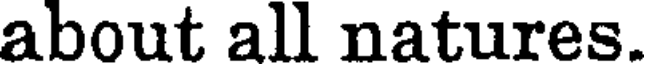
about all natures.